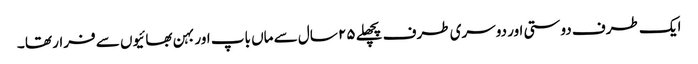
ایک طرف دوستی اور دوسری طرف پچھلے ٢۵ سال سے ماں باپ اور بہن بھائیوں سے فرار تھا ۔